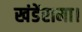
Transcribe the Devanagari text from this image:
खंडेंरामा।